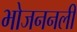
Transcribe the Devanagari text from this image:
भोजननली